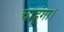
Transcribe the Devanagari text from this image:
चाहूंगा।